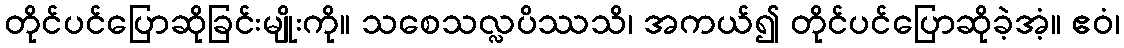
တိုင်ပင်ပြောဆိုခြင်းမျိုးကို။ သစေသလ္လပိဿသိ၊ အကယ်၍ တိုင်ပင်ပြောဆိုခဲ့အံ့။ ဧဝံ၊